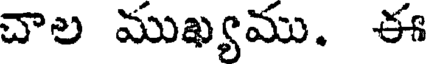
చాల ముఖ్యము. ఈ